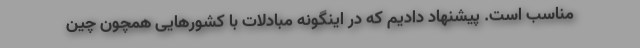
مناسب است. پیشنهاد دادیم که در اینگونه مبادلات با کشورهایی همچون چین